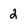
Character: 2